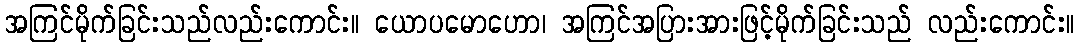
အကြင်မိုက်ခြင်းသည်လည်းကောင်း။ ယောပမောဟော၊ အကြင်အပြားအားဖြင့်မိုက်ခြင်းသည် လည်းကောင်း။